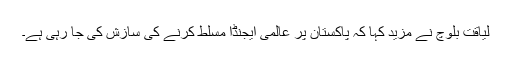
لیاقت بلوچ نے مزید کہا کہ پاکستان پر عالمی ایجنڈا مسلط کرنے کی سازش کی جا رہی ہے۔